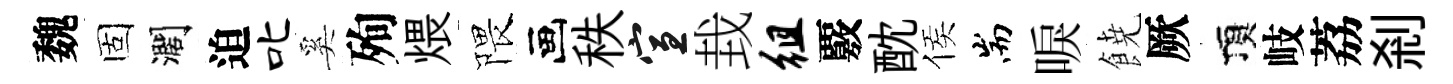
魏固濶迫叱奚殉煨隈画秩宣㘽徂覈酖侯耑唳𩜙厥頂岐荔剎